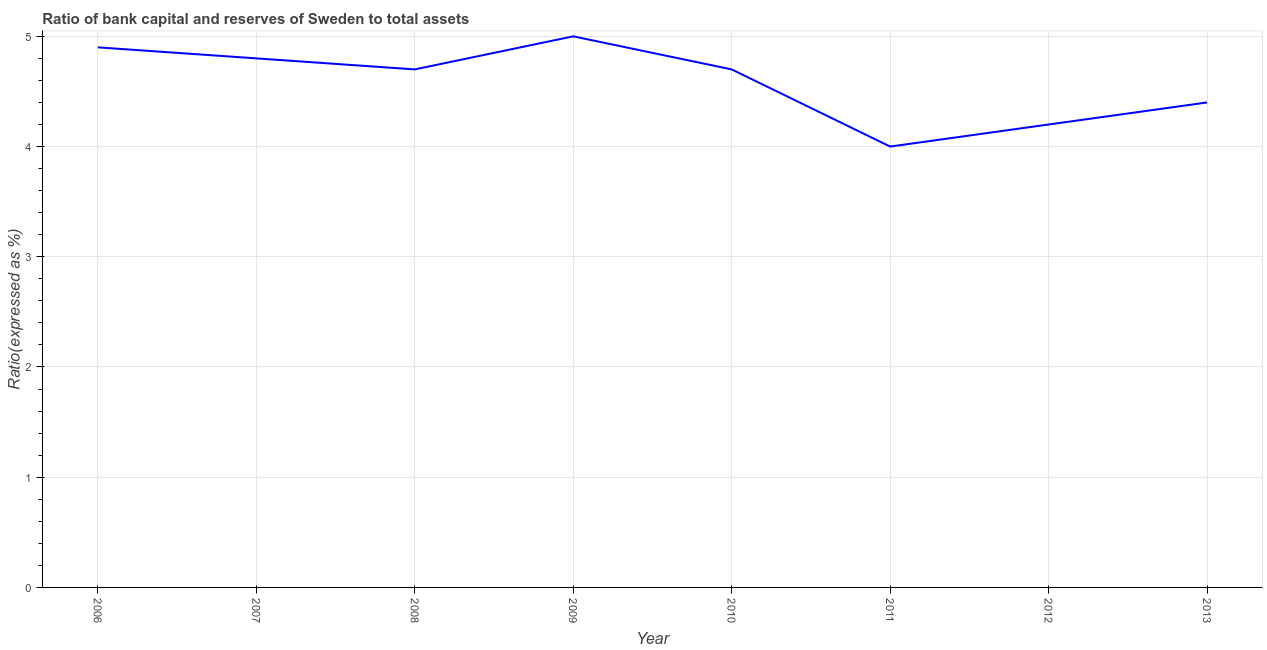
| Year | Bank capital to assets ratio |
 | --- | --- |
 | 2006 | 4.9 |
 | 2007 | 4.8 |
 | 2008 | 4.7 |
 | 2009 | 5 |
 | 2010 | 4.7 |
 | 2011 | 4 |
 | 2012 | 4.2 |
 | 2013 | 4.4 |